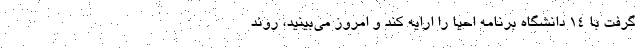
گرفت با ۱۴ دانشگاه برنامه احیا را ارایه کند و امروز می‌بینید، روند